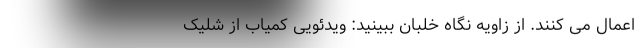
اعمال می کنند. از زاویه نگاه خلبان ببینید: ویدئویی کمیاب از شلیک